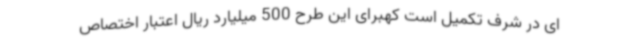
ای در شرف تکمیل است کهبرای این طرح 500 میلیارد ریال اعتبار اختصاص